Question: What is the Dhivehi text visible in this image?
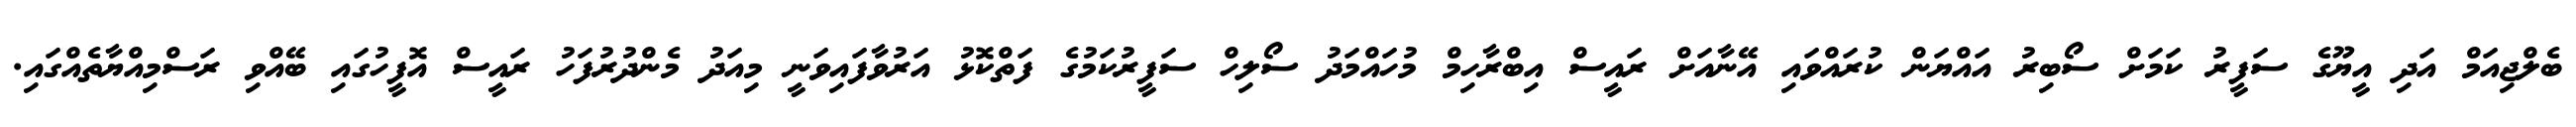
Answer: ބެލްޖިއަމް އަދި އީޔޫގެ ސަފީރު ކަމަށް ސޯބިރު އައްޔަން ކުރައްވައި އޭނާއަށް ރައީސް އިބްރާހިމް މުހައްމަދު ސޯލިހް ސަފީރުކަމުގެ ފަތްކޮޅު އަރުވާފައިވަނީ މިއަދު މެންދުރުފަހު ރައީސް އޮފީހުގައި ބޭއްވި ރަސްމިއްޔާތެއްގައި.